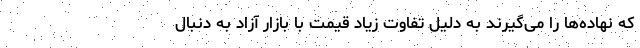
که نهاده‌ها را می‌گیرند به دلیل تفاوت زیاد قیمت با بازار آزاد به دنبال